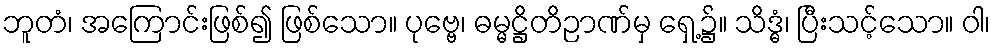
ဘူတံ၊ အကြောင်းဖြစ်၍ ဖြစ်သော။ ပုဗ္ဗေ၊ ဓမ္မဋ္ဌိတိဉာဏ်မှ ရှေ့၌။ သိဒ္ဓံ၊ ပြီးသင့်သော။ ဝါ၊